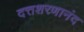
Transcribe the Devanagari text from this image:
दत्तशरणानंद